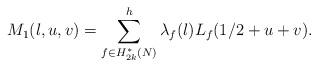
LaTeX: \begin{align*}M_1(l,u,v)=\sum_{f \in H_{2k}^{*}(N)}^{h}\lambda_f(l)L_f(1/2+u+v).\end{align*}